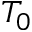
T _ { 0 }